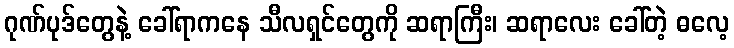
ဂုဏ်ပုဒ်တွေနဲ့ ခေါ်ရာကနေ သီလရှင်တွေကို ဆရာကြီး၊ ဆရာလေး ခေါ်တဲ့ ဓလေ့